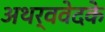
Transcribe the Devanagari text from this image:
अथर्ववेदके